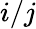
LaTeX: i/j